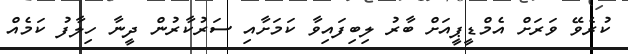
ކުރެވޭ ވަރަށް އެމްޑީޕީއަށް ބާރު ލިބިފައިވާ ކަމަށާއި ސަރުކާރުން ދީނާ ހިލާފު ކަމެއް